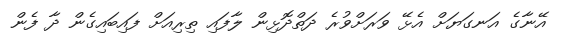
އޭނާގެ އަނގަޔަށް އެޅޭ ވަރަށްވުރެ ދަތްދޮޅިން ލާފައި ތިރިއަށް ފައިބައިގެން ދާ ފެން